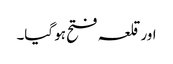
اور قلعہ فتح ہو گیا۔